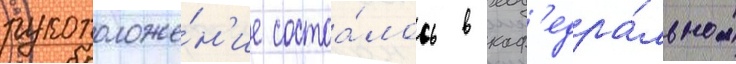
рукоположе́н'ие состоа́лось в каф'едра́льном